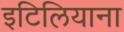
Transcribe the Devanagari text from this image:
इटिलियाना